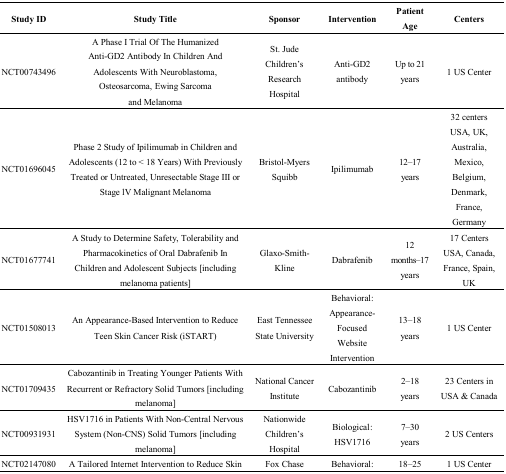
<table><thead><tr><td><b>Study ID</b></td><td><b>Study Title</b></td><td><b>Sponsor</b></td><td><b>Intervention</b></td><td><b>Patient Age</b></td><td><b>Centers</b></td></tr></thead><tbody><tr><td>NCT00743496</td><td>A Phase I Trial Of The Humanized Anti-GD2 Antibody In Children And Adolescents With Neuroblastoma, Osteosarcoma, Ewing Sarcoma and Melanoma</td><td>St. Jude Children’s Research Hospital</td><td>Anti-GD2 antibody</td><td>Up to 21 years</td><td>1 US Center</td></tr><tr><td>NCT01696045</td><td>Phase 2 Study of Ipilimumab in Children and Adolescents (12 to &lt; 18 Years) With Previously Treated or Untreated, Unresectable Stage III or Stage lV Malignant Melanoma</td><td>Bristol-Myers Squibb</td><td>Ipilimumab</td><td>12–17 years</td><td>32 centers USA, UK, Australia, Mexico, Belgium, Denmark, France, Germany</td></tr><tr><td>NCT01677741</td><td>A Study to Determine Safety, Tolerability and Pharmacokinetics of Oral Dabrafenib In Children and Adolescent Subjects [including melanoma patients]</td><td>Glaxo-Smith-Kline</td><td>Dabrafenib</td><td>12 months–17 years</td><td>17 Centers USA, Canada, France, Spain, UK</td></tr><tr><td>NCT01508013</td><td>An Appearance-Based Intervention to Reduce Teen Skin Cancer Risk (iSTART)</td><td>East Tennessee State University</td><td>Behavioral: Appearance-Focused Website Intervention</td><td>13–18 years</td><td>1 US Center</td></tr><tr><td>NCT01709435</td><td>Cabozantinib in Treating Younger Patients With Recurrent or Refractory Solid Tumors [including melanoma]</td><td>National Cancer Institute</td><td>Cabozantinib</td><td>2–18 years</td><td>23 Centers in USA &amp; Canada</td></tr><tr><td>NCT00931931</td><td>HSV1716 in Patients With Non-Central Nervous System (Non-CNS) Solid Tumors [including melanoma]</td><td>Nationwide Children’s Hospital</td><td>Biological: HSV1716</td><td>7–30 years</td><td>2 US Centers</td></tr><tr><td>NCT02147080</td><td>A Tailored Internet Intervention to Reduce Skin Cancer Risk Behaviors Among Young Adults (UV4me)</td><td>Fox Chase Cancer Center</td><td>Behavioral: UV4me/Skin Cancer Foundation website</td><td>18–25 years</td><td>1 US Center</td></tr></tbody></table>